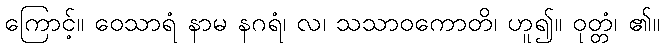
ကြောင့်။ ဝေသာရံ နာမ နဂရံ၊ လ၊ သသာဝကောတိ၊ ဟူ၍။ ဝုတ္တံ၊ ၏။